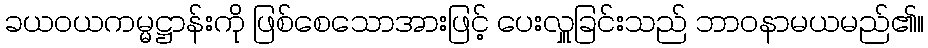
ခယဝယကမ္မဋ္ဌာန်းကို ဖြစ်စေသောအားဖြင့် ပေးလှူခြင်းသည် ဘာဝနာမယမည်၏။